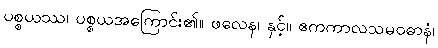
ပစ္စယဿ၊ ပစ္စယအကြောင်း၏။ ဖလေန၊ နှင့်။ ဧကကာလသမဝဓာနံ၊